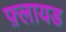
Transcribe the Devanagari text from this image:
फ़्लायड